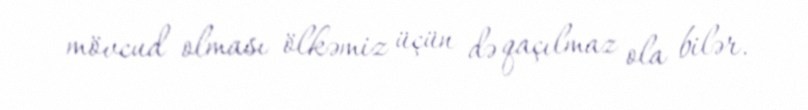
mövcud olması ölkəmiz üçün də qaçılmaz ola bilər.